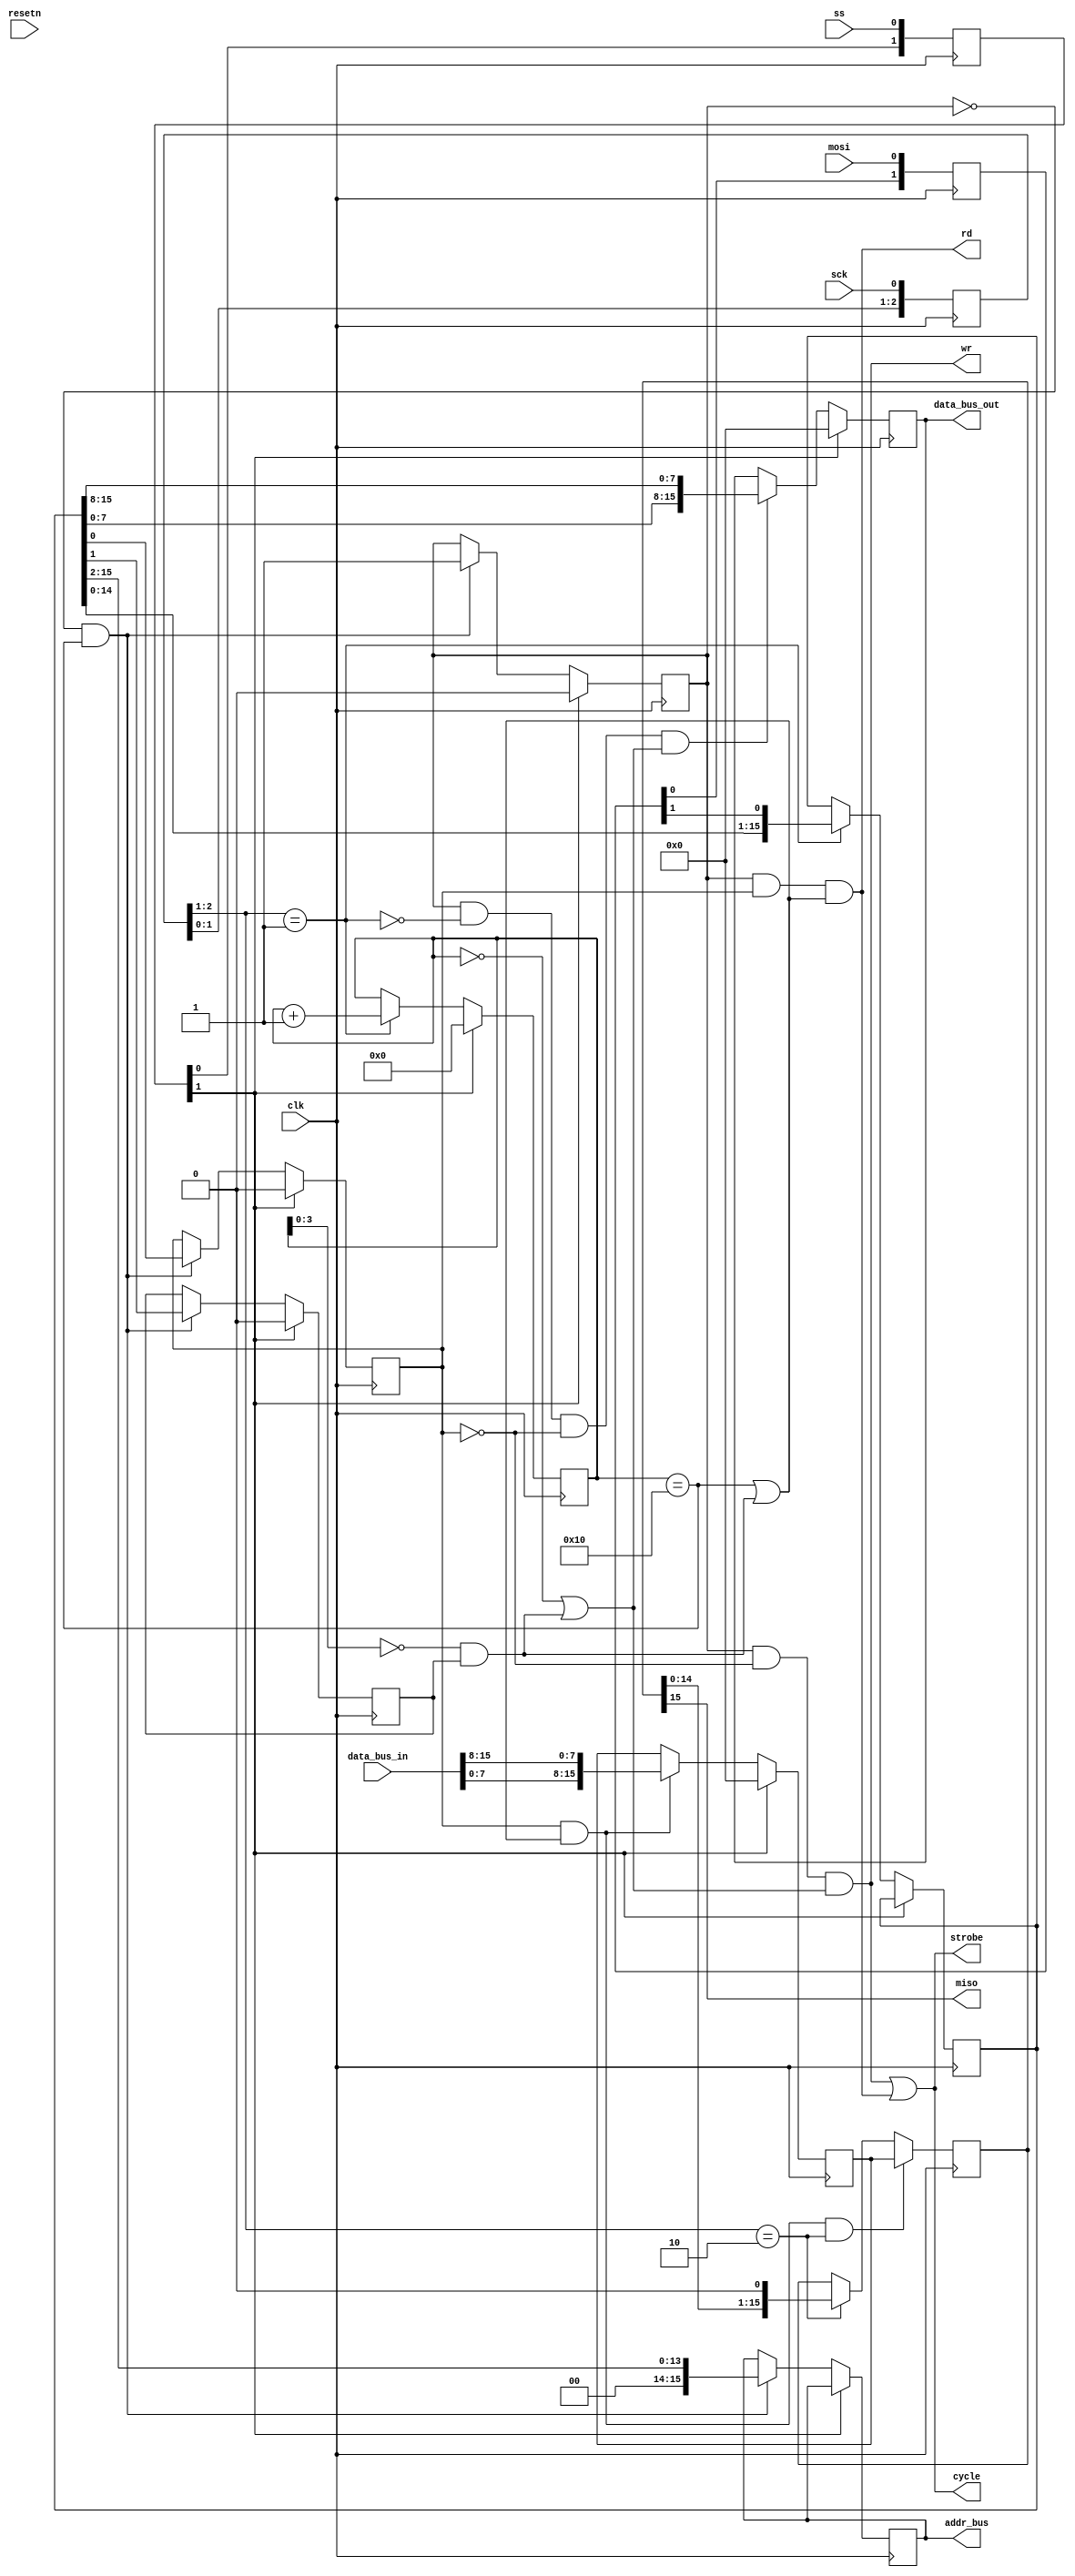
/*
 * Copyright 2016 <Admobilize>
 * MATRIX Labs  [http://creator.matrix.one]
 * This file is part of MATRIX Creator HDL for Spartan 6
 *
 * MATRIX Creator HDL is like free software: you can redistribute 
 * it and/or modify it under the terms of the GNU General Public License 
 * as published by the Free Software Foundation, either version 3 of the 
 * License, or (at your option) any later version.

 * This program is distributed in the hope that it will be useful, but 
 * WITHOUT ANY WARRANTY; without even the implied warranty of 
 * MERCHANTABILITY or FITNESS FOR A PARTICULAR PURPOSE.  See the GNU 
 * General Public License for more details.

 * You should have received a copy of the GNU General Public License along
 * with this program.  If not, see <http://www.gnu.org/licenses/>.
 */


`timescale 1ns / 1ps
module spi2ad_bus #(
       parameter ADDR_WIDTH = 16,
       parameter DATA_WIDTH = 16
) (
  input  clk,
  input  resetn,

  // SPI interface
  input  mosi,
  input  ss,
  input  sck,
  output miso,

  output [DATA_WIDTH-1:0] data_bus_out,
  input  [DATA_WIDTH-1:0] data_bus_in,
  output [ADDR_WIDTH-1:0] addr_bus,
  output wr,
  output rd,
  output strobe,
  output cycle
);


reg  [4:0] bit_count;
reg  [DATA_WIDTH-1:0] data_in_sr, data_out_sr;
reg  [ADDR_WIDTH-1:0] addr_bus_latched;
reg  [DATA_WIDTH-1:0] data_in_latched;
reg  auto_inc, rd_wrn, data_confn; 


// Sync signals
//
// Sync SCK to the FPGA clock using a 3-bits shift register
reg [2:0] SCKr;  always @(negedge clk)   SCKr <= {SCKr[1:0], sck};

// Sync ss to the FPGA clock using a 3-bits shift register
reg [2:0] SSELr;  always @(negedge clk) SSELr <= {SSELr[1:0], ss};

// and for MOSI
reg [1:0] MOSIr;  always @(posedge clk) MOSIr <= {MOSIr[0], mosi};


//This component generates the addr/data bus from spi commands
// communication is made in 16 bit per word in mode 0 at max speed 50Mhz (for now)
// The first written word is interprated as follow:
// [15 : 2] 14 bit bus address
// [1] : on for auto increment address, zero otherwise
// [0] : one if read, zero if write
wire SCK_risingedge = (SCKr[2:1]==2'b01);  // now we can detect SCK rising edges
wire SCK_fallingedge = (SCKr[2:1]==2'b10);  // and falling edges

wire SSEL_active = ~SSELr[1];  // SSEL is active low
wire SSEL_startmessage = (SSELr[2:1]==2'b10);  // message starts at falling edge
wire SSEL_endmessage = (SSELr[2:1]==2'b01);  // message stops at rising edge
wire MOSI_data = MOSIr[1];


always @(posedge clk)
begin
  if (~SSEL_active) begin
    bit_count  <=  4'h0;
  end else if (SCK_risingedge) begin
    data_in_sr[DATA_WIDTH-1:0] <= {data_in_sr[DATA_WIDTH-2:0], MOSI_data};
    bit_count <= bit_count + 1;
  end

end

wire en_data_out_sr;
assign en_data_out_sr = rd_wrn & ( (bit_count == 5'h10) | ( (bit_count[3:0] == 0) & auto_inc ) );


always @(posedge clk)
begin
  if (~SSEL_active) begin
    data_out_sr <=  {DATA_WIDTH{1'b0}};
  end else begin
    
    if(en_data_out_sr)begin 
      data_out_sr <= {data_bus_in[7:0],data_bus_in[15:8]};
    end else begin
      data_out_sr <= data_out_sr;    
    end
  
  end
end

reg [DATA_WIDTH-1:0] miso_sr;

always @(posedge clk)
begin
  if (en_data_out_sr & SCK_fallingedge ) begin
    miso_sr <= data_out_sr;
  end else begin
    
    if(SCK_fallingedge)begin 
      miso_sr <= { miso_sr[DATA_WIDTH-2:0] , 1'b0 };
    end else begin
      miso_sr <= miso_sr;    
    end
  
  end
end

assign miso = miso_sr[DATA_WIDTH-1]; 
always @(posedge clk)
begin
  if (~SSEL_active) begin
    data_confn <= 1'b0;
    auto_inc   <= 1'b0;
    rd_wrn     <= 1'b0;
  end else begin
    if ( (data_confn == 1'b0) && (bit_count == 5'h10) )  begin   //Read address first 16 bits
      addr_bus_latched <= {2'b00, data_in_sr[DATA_WIDTH-1:2]};
      auto_inc           <= data_in_sr[1];                // 
      rd_wrn             <= data_in_sr[0];                // 
      data_confn         <= 1'b1;                         // enable read the second 16 bits (data)
    end
  end
end

 
assign data_bus_out = data_in_latched;
assign addr_bus = addr_bus_latched;

wire en_data_in_latched ;

assign en_data_in_latched = (data_confn & ~SCK_risingedge & ~rd_wrn) & ( (bit_count == 5'h00)  | ( bit_count[3:0] == 0) & auto_inc ) ;

always @(posedge clk) begin
  if(~SSEL_active) begin
    data_in_latched <= {DATA_WIDTH{1'b0}};
  end else begin
    if(en_data_in_latched) begin
      data_in_latched <= {data_in_sr[7:0],data_in_sr[15:8]};
    end else begin
      data_in_latched <= data_in_latched;
    end
  end
end

wire en_wr, en_rd;
assign wr = (data_confn == 1'b1) & ~rd_wrn & ( (bit_count == 5'h00) | ( (bit_count[3:0] == 0) & auto_inc ) );
assign rd = (data_confn == 1'b1) & rd_wrn & ( (bit_count == 5'h10) | ( (bit_count[3:0] == 0) & auto_inc ) );

assign strobe = wr | rd;
assign cycle = strobe;


initial begin
  bit_count = 0;
  data_in_sr = 0;
  data_out_sr = 0; 
  addr_bus_latched = 0;
  data_in_latched = 0;
  auto_inc = 0;
  rd_wrn = 0;
  data_confn= 0; 
  miso_sr = 0;  
end

endmodule